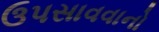
ઉપસાવવાનો